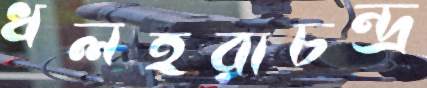
ধলহরাচন্দ্র